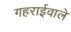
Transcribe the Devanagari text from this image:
गहराईवाले